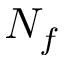
N _ { f }